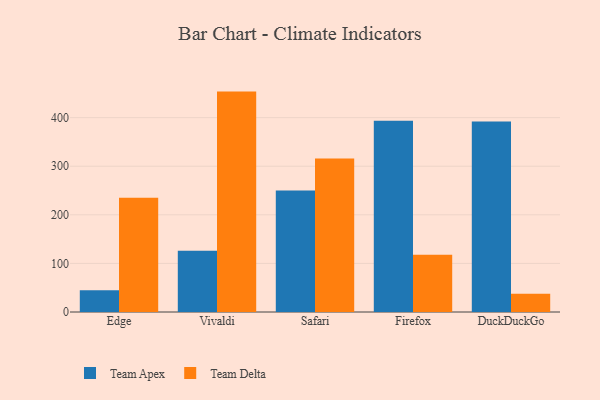
{"axis": {"x": "Browser", "y": "Demand Index"}, "legend": ["Team Apex", "Team Delta"], "data": [{"x": "Edge", "y": 44.6, "type": "Team Apex"}, {"x": "Edge", "y": 235.3, "type": "Team Delta"}, {"x": "Vivaldi", "y": 126.2, "type": "Team Apex"}, {"x": "Vivaldi", "y": 453.6, "type": "Team Delta"}, {"x": "Safari", "y": 250.1, "type": "Team Apex"}, {"x": "Safari", "y": 315.9, "type": "Team Delta"}, {"x": "Firefox", "y": 393.4, "type": "Team Apex"}, {"x": "Firefox", "y": 117.8, "type": "Team Delta"}, {"x": "DuckDuckGo", "y": 392.0, "type": "Team Apex"}, {"x": "DuckDuckGo", "y": 37.6, "type": "Team Delta"}]}